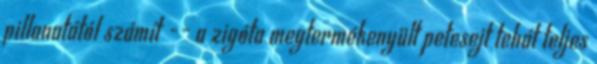
pillanatától számít -- a zigóta megtermékenyült petesejt tehát teljes